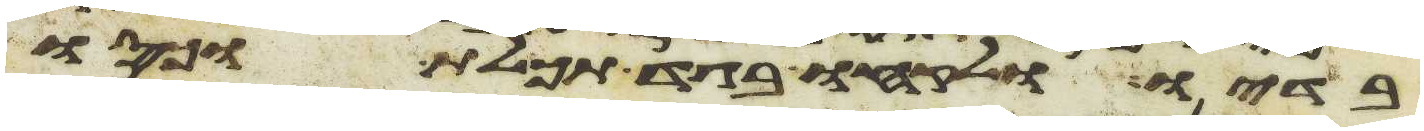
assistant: בדיו ולקחו בגד תכלת וכסו